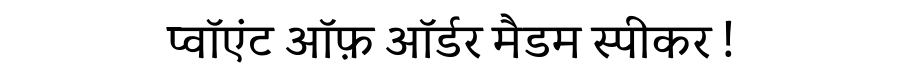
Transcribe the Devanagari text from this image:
प्वॉएंट ऑफ़ ऑर्डर मैडम स्पीकर !